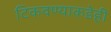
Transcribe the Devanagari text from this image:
टिकवण्याकडेही